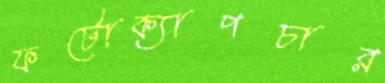
ফটোক্যাপচার